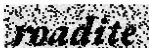
roadite